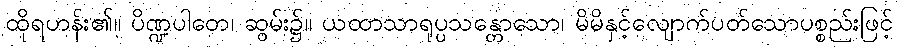
ထိုရဟန်း၏။ ပိဏ္ဍပါတေ၊ ဆွမ်း၌။ ယထာသာရုပ္ပသန္တောသော၊ မိမိနှင့်လျောက်ပတ်သောပစ္စည်းဖြင့်